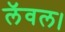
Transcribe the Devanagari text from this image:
लॅवल।